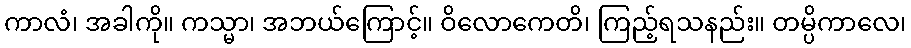
ကာလံ၊ အခါကို။ ကသ္မာ၊ အဘယ်ကြောင့်။ ဝိလောကေတိ၊ ကြည့်ရသနည်း။ တမ္ပိကာလေ၊